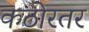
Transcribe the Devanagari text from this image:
कठोरतर